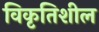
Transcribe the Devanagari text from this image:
विकृतिशील